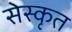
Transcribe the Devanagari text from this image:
सेस्कृत